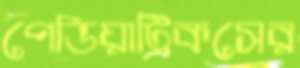
পেডিয়াট্রিকসের